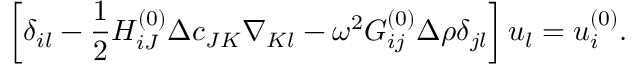
\left[ \delta _ { i l } - \frac { 1 } { 2 } H _ { i J } ^ { ( 0 ) } \Delta c _ { J K } \nabla _ { K l } - \omega ^ { 2 } G _ { i j } ^ { ( 0 ) } \Delta \rho \delta _ { j l } \right] u _ { l } = u _ { i } ^ { ( 0 ) } .